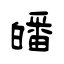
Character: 皤